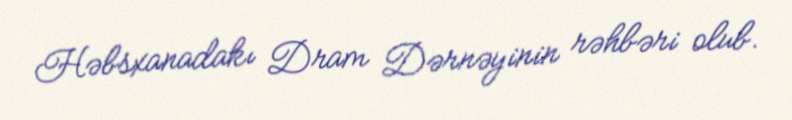
Həbsxanadakı Dram Dərnəyinin rəhbəri olub.